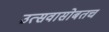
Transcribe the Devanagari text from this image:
उत्सवासोबतच